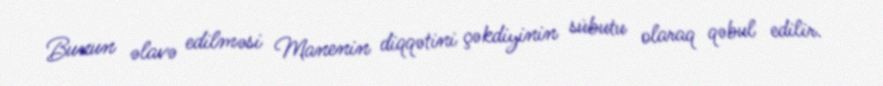
Bunun əlavə edilməsi Manenin diqqətini çəkdiyinin sübutu olaraq qəbul edilir.